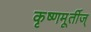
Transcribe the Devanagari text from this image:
कृष्णमूर्तीज्‌